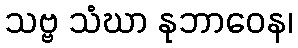
သဗ္ဗ သံဃာ နုဘာဝေန၊